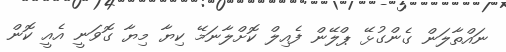
ނައްތާލަން ގެންގުޅޭ ޕްލޭން ފެއިލް ކޮށްލާނަމޭ ކިޔާ މިޔާ ގޮވަނީ އެއީ ކޮން